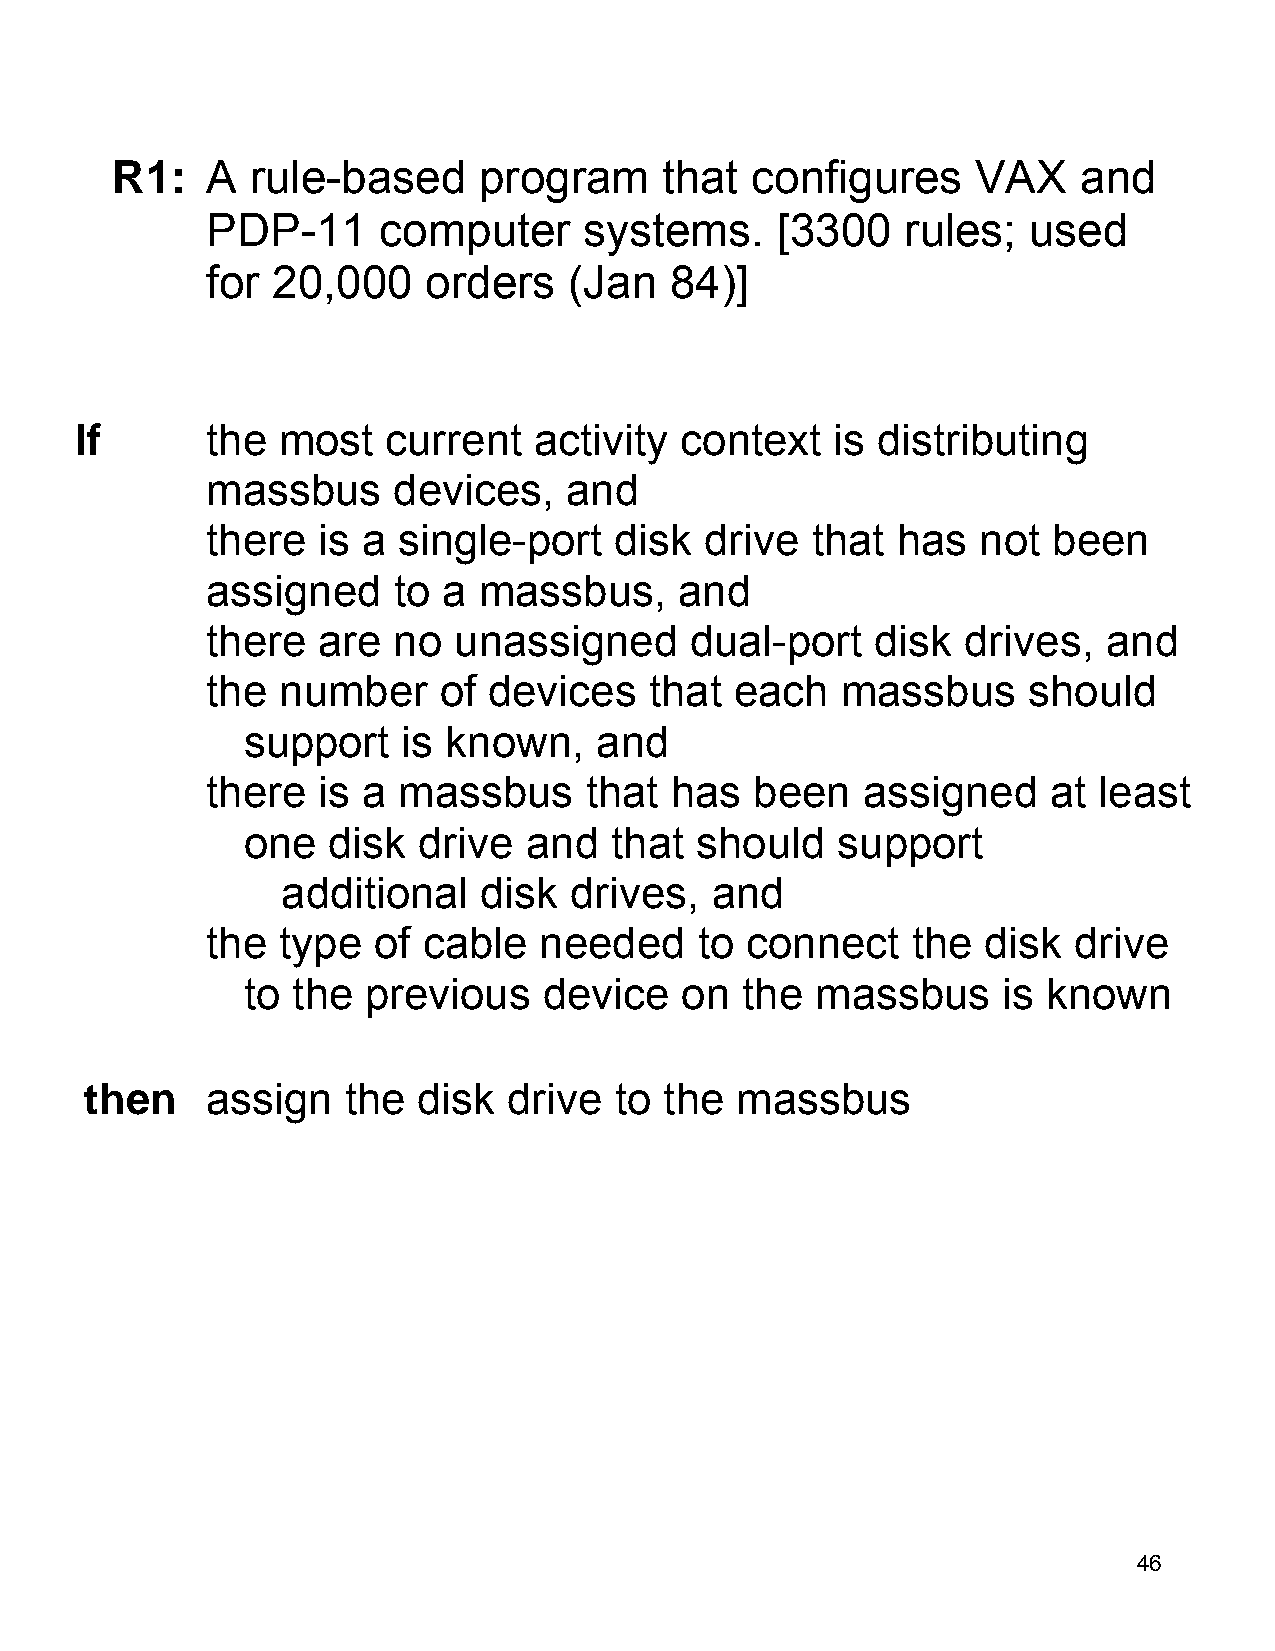
R1:    A  rule-based     program     that  configures     VAX    and
 PDP-11     computer      systems.    [3300    rules;  used
 for 20,000    orders    (Jan  84)]
 If       the most    current  activity  context   is distributing
 massbus     devices,   and
 there  is a single-port    disk  drive  that has   not  been
 assigned    to a  massbus,     and
 there  are  no  unassigned      dual-port   disk  drives,  and
 the number     of devices    that  each   massbus     should
 support    is known,   and
 there  is a massbus      that has   been   assigned     at least
 one   disk  drive  and  that  should   support
 additional   disk  drives,  and
 the type   of cable   needed    to connect    the  disk  drive
 to the  previous    device   on  the  massbus     is known
 then    assign   the  disk  drive  to the  massbus
 46